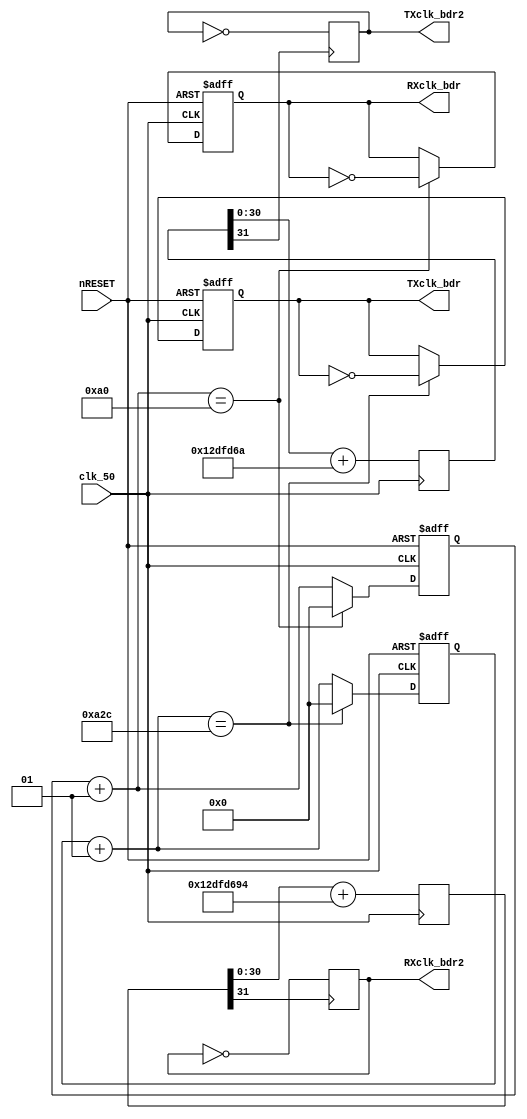
module prescaler_TXRX (
				clk_50,
				nRESET,
				RXclk_bdr,
				TXclk_bdr,
				RXclk_bdr2,
				TXclk_bdr2				
				);

input clk_50,nRESET;
output reg RXclk_bdr;
output reg TXclk_bdr;
output reg RXclk_bdr2;
output reg TXclk_bdr2;

integer RXcnt,TXcnt,BDTX,BDRX;


parameter f_clock=50000000;
parameter baudrate=9600;
parameter integer TXBD=2604;  //TXBD=(f_clock/baudrate)/2;
parameter integer RXBD=160;   //RXBD=(f_clock/(baudrate*16)-1)/2;


initial begin
RXclk_bdr=0;
TXclk_bdr=0;
RXclk_bdr2=0;
TXclk_bdr2=0;
end

always@(negedge clk_50 or negedge nRESET) begin
  if(!nRESET) 
		begin 
				RXcnt=0; TXcnt=0; 
				RXclk_bdr=0; TXclk_bdr=0;
		end
  else begin
	  RXcnt=RXcnt+1; 
	  TXcnt=TXcnt+1; 
	  if(RXcnt==RXBD) begin
	  	RXclk_bdr=~RXclk_bdr;
		RXcnt=0;
	   end //ifRX
	 if(TXcnt==TXBD) begin
	  	TXclk_bdr=~TXclk_bdr;
		TXcnt=0;
	   end //ifTX
	end //else
end //always

//parameter ClkFrequency = 50000000; // 25MHz
//parameter BaudTx = 9600;
//parameter BaudRx = 9600*16;
parameter BaudGeneratorAccWidth = 31;
parameter BaudGeneratorIncTX =9895605*2; // 115200 <= 4947802*2;
parameter BaudGeneratorIncRX =158329674*2; // 115200 <= 79164837*2;
reg [BaudGeneratorAccWidth:0] BaudGeneratorAccTX;
reg [BaudGeneratorAccWidth:0] BaudGeneratorAccRX;

always @(negedge clk_50)
begin
  BaudGeneratorAccTX <= BaudGeneratorAccTX[BaudGeneratorAccWidth-1:0] + BaudGeneratorIncTX;
  BaudGeneratorAccRX <= BaudGeneratorAccRX[BaudGeneratorAccWidth-1:0] + BaudGeneratorIncRX;
end

wire BaudTick_TX = BaudGeneratorAccTX[BaudGeneratorAccWidth];
wire BaudTick_RX = BaudGeneratorAccRX[BaudGeneratorAccWidth];

 

always@(posedge BaudTick_TX)
TXclk_bdr2=~TXclk_bdr2;

always@(posedge BaudTick_RX)
RXclk_bdr2=~RXclk_bdr2;


endmodule